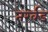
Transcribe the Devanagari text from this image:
तर्खड